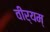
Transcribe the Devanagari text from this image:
वीर्यम्